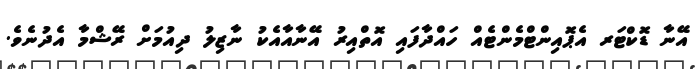
އޭނާ ޑޮކްޓަރ އެޕޮއިންޓްމެންޓެއް ހައްދާފައި އޮތްއިރު އޭނާއާއެކު ނާޒިލު ދިއުމަށް ރޭޝްމާ އެދުނެވެ.